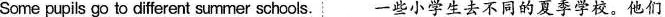
Some pupils go to different summer schools.一些小学生去不同的夏季学校.他们